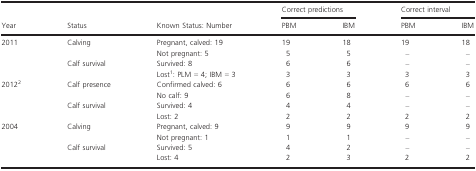
|  |  |  | <COLSPAN=2> Correct predictions | <COLSPAN=2> Correct interval |
 | Year | Status | Known Status: Number | PBM | IBM | PBM | IBM |
 | --- | --- | --- | --- | --- | --- | --- |
 | 2011 | Calving | Pregnant, calved: 19 | 19 | 18 | 19 | 18 |
 |  |  | Not pregnant: 5 | 5 | 5 | – | – |
 |  | Calf survival | Survived: 8 | 6 | 6 | – | – |
 |  |  | Lost1: PLM = 4; IBM = 3 | 3 | 3 | 3 | 3 |
 | 20122 | Calf presence | Confirmed calved: 6 | 6 | 6 | 6 | 6 |
 |  |  | No calf: 9 | 6 | 8 | – | – |
 |  | Calf survival | Survived: 4 | 4 | 4 | – | – |
 |  |  | Lost: 2 | 2 | 2 | 2 | 2 |
 | 2004 | Calving | Pregnant, calved: 9 | 9 | 9 | 9 | 9 |
 |  |  | Not pregnant: 1 | 1 | 1 | – | – |
 |  | Calf survival | Survived: 5 | 4 | 2 | – | – |
 |  |  | Lost: 4 | 2 | 3 | 2 | 2 |